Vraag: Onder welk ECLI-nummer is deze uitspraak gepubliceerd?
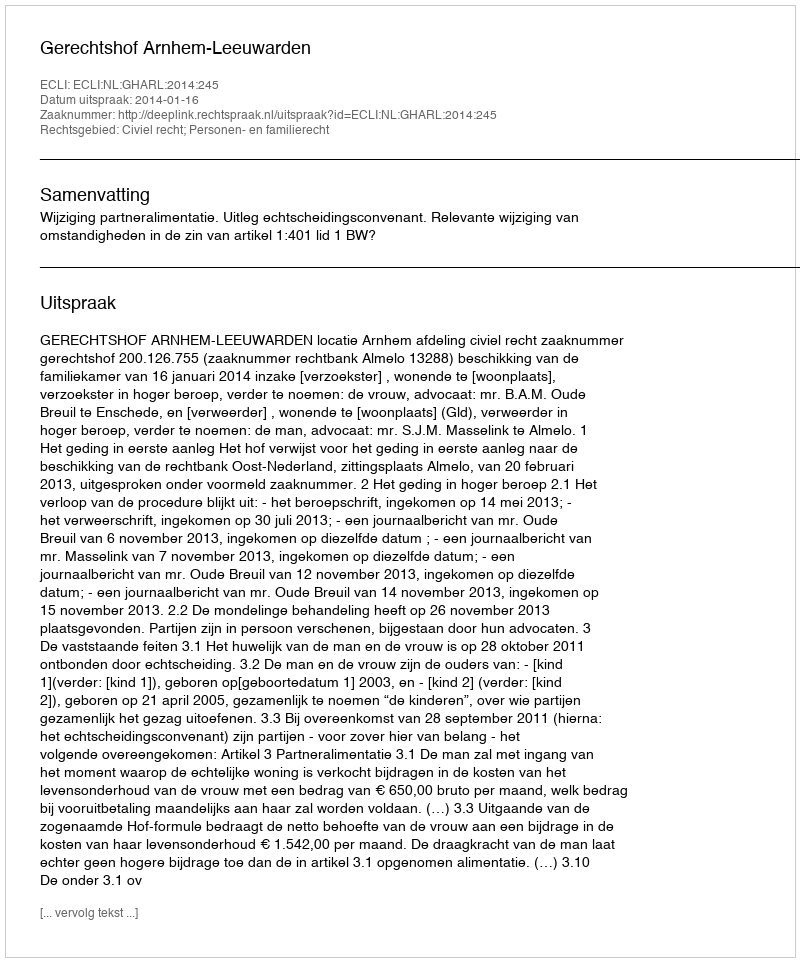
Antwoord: ECLI:NL:GHARL:2014:245